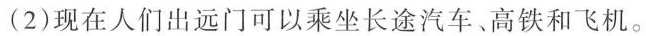
(2)现在人们出远门可以乘坐长途汽车、高铁和飞机。